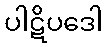
ပါဋိပဒေါ